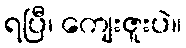
ရပြီ၊ ကျေးဇူးပဲ။